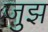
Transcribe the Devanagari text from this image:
जुझ